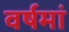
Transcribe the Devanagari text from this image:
वर्षमां